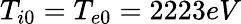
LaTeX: T_{i0}=T_{e0}=2223eV